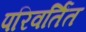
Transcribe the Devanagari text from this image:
परिवर्तिंत